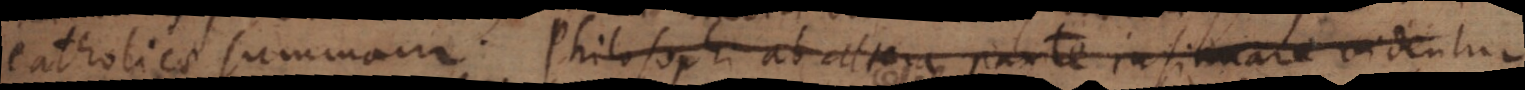
catholicae summam. Philosophi ab altera parte insinuare videntur